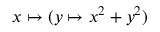
x \mapsto ( y \mapsto x ^ { 2 } + y ^ { 2 } )